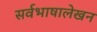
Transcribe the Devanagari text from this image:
सर्वभाषालेखन